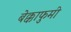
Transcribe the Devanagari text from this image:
बेक्काफुमी